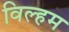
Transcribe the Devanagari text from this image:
विल्हम